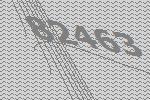
82463